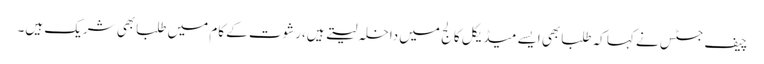
چیف جسٹس نے کہا کہ طلبابھی ایسے میڈیکل کالج میں داخلہ لیتے ہیں،رشوت کے کام میں طلبابھی شریک ہیں۔